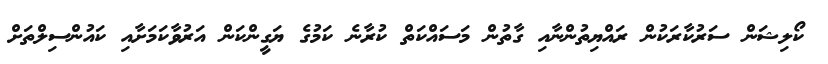
ކޯލިޝަން ސަރުކާރަކުން ރައްޔިތުންނާއި ގާތުން މަސައްކަތް ކުރާނެ ކަމުގެ ޔަގީންކަން އަރުވާކަމަށާއި ކައުންސިލްތަށް